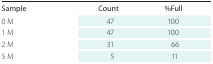
<table><thead><tr><td><b>Sample</b></td><td><b>Count</b></td><td><b>%Full</b></td></tr></thead><tbody><tr><td>0 M</td><td>47</td><td>100</td></tr><tr><td>1 M</td><td>47</td><td>100</td></tr><tr><td>2 M</td><td>31</td><td>66</td></tr><tr><td>5 M</td><td>5</td><td>11</td></tr></tbody></table>